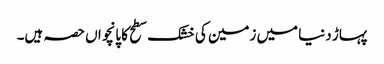
پہاڑ دنیا میں زمین کی خشک سطح کا پانچواں حصہ ہیں۔